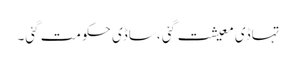
تہاڈی معیشت گئی ،ساڈی حکومت گئی۔